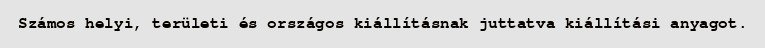
Számos helyi, területi és országos kiállításnak juttatva kiállítási anyagot.